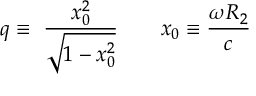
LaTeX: q \equiv \ \frac { x _ { 0 } ^ { 2 } } { \sqrt { 1 - x _ { 0 } ^ { 2 } } } \qquad x _ { 0 } \equiv \frac { \omega R _ { 2 } } c